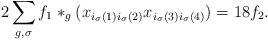
LaTeX: \begin{align*}2 \sum_{g,\sigma} f_1 \ast_g (x_{i_\sigma(1)i_\sigma(2)}x_{i_\sigma(3)i_\sigma(4)}) = 18 f_2.\end{align*}